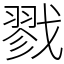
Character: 戮